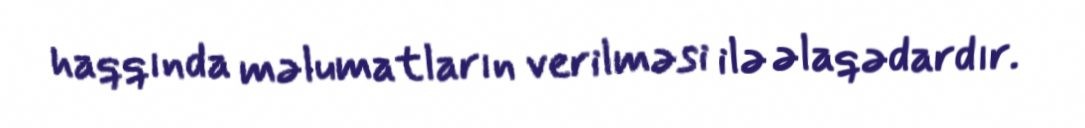
haqqında məlumatların verilməsi ilə əlaqədardır.